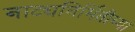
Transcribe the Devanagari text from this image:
नाट्यनिर्मितीच्या